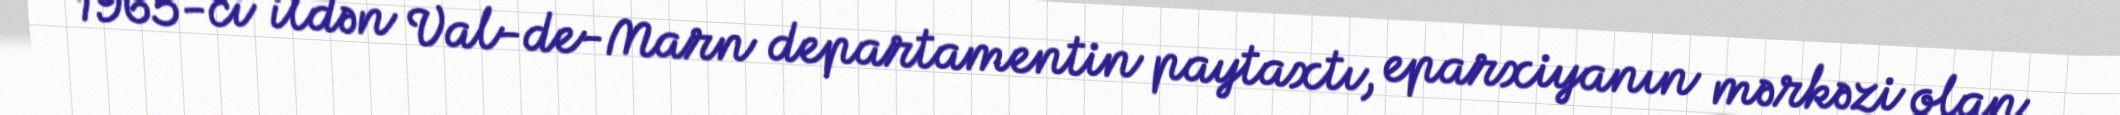
1965-ci ildən Val-de-Marn departamentin paytaxtı, eparxiyanın mərkəzi olan